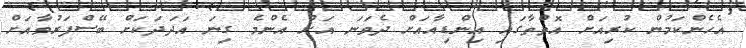
އެހެންކަމުން ކުރިއަށް އޮތްތާގައި އިންޑިއާއަށް ދެވަނަ އަށް އެންމެ ގިނަ އަދަދަކަށް ބޭސްފަރުވާއަށް